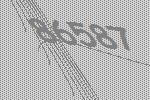
86587